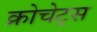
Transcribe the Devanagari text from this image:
क्रोचेट्स